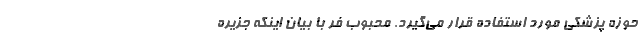
حوزه پزشکی مورد استفاده قرار می‌گیرد. محبوب فر با بیان اینکه جزیره